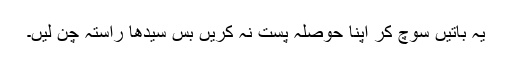
یہ باتیں سوچ کر اپنا حوصلہ پست نہ کریں بس سیدھا راستہ چُن لیں۔